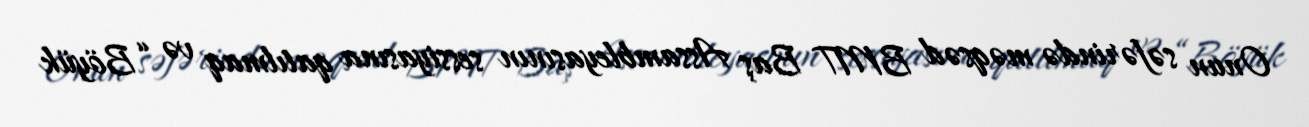
Onun səfərində məqsəd BMT Baş Assambleyasının sessiyasına qatılmaq və “Böyük